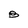
Character: B